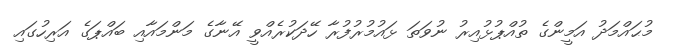
މުޙައްމަދު އަމީންގެ ތުއްޕުޅުއިރު ނުވަތަ ޅައުމުރުފުރާ ހޭދަކުރެއްވީ އޭނާގެ މަންމައާއި ބައްޕަގެ އަރިހުގައި